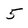
Character: 5